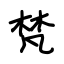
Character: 梵